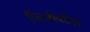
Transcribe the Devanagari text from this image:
फिजीवरील